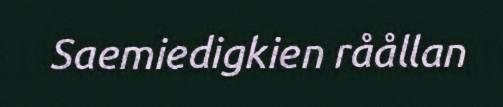
Saemiedigkien råållan